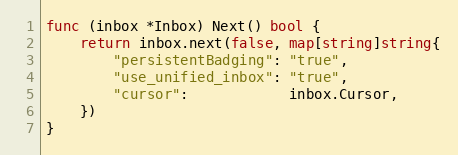
Language: Go
func (inbox *Inbox) Next() bool {
	return inbox.next(false, map[string]string{
		"persistentBadging": "true",
		"use_unified_inbox": "true",
		"cursor":            inbox.Cursor,
	})
}